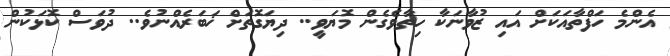
އެންމެ ހަފްތާއަކަށް އައި ޒުވާނަކާ ހިތާވެގެން މޮޔަވީ.. ދިޔަގޮތަށް ޚަބަރެއްނުވެ.. ދުވަސް ކޮޅަކުން